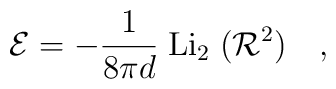
{\cal E} =  - \frac{1}{8\pi d }\;  {\rm Li}_2\;({\cal R}^2)\ \ \ ,